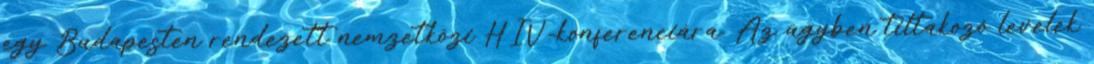
egy Budapesten rendezett nemzetközi HIV-konferenciára. Az ügyben tiltakozó levelek